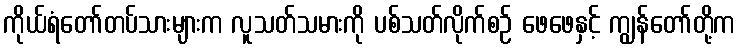
ကိုယ်ရံတော်တပ်သားများက လူသတ်သမားကို ပစ်သတ်လိုက်စဉ် ဖေဖေနှင့် ကျွန်တော်တို့က